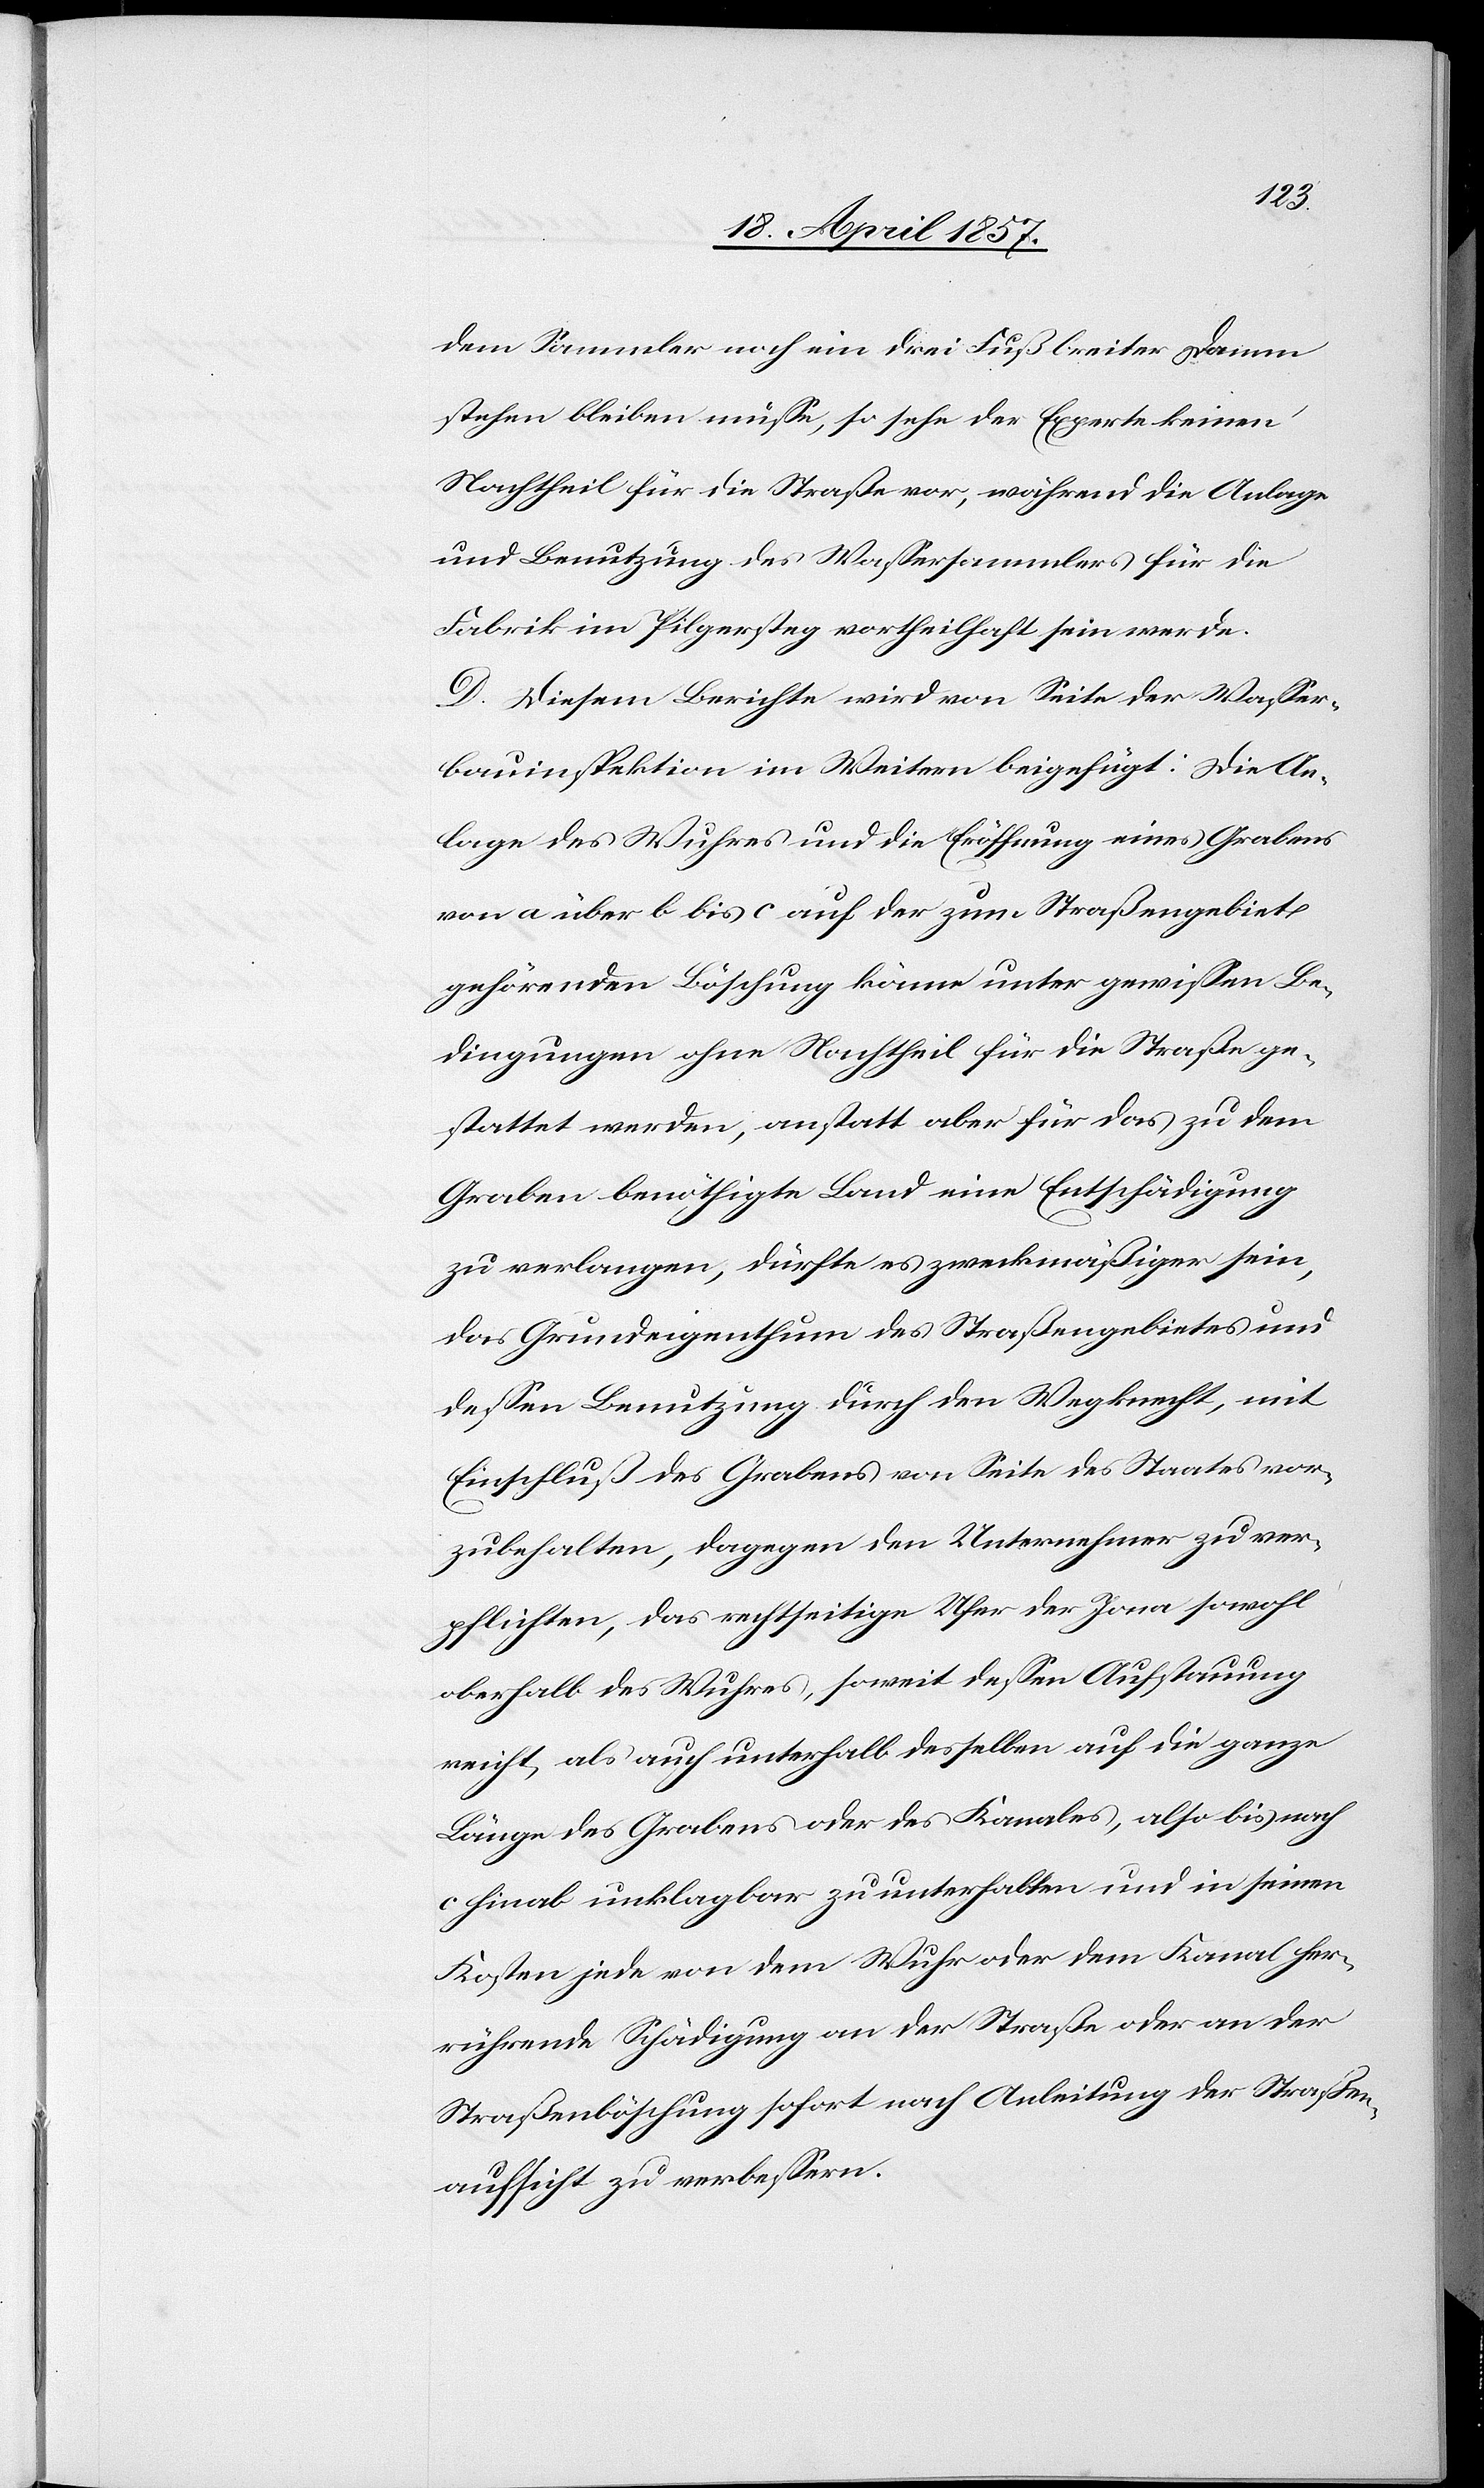
dem Sammler noch ein drei Fuß breiter Damm
stehen bleiben müsse, so sehe der Experte keinen
Nachtheil für die Straße vor, während die Anlage
und Benutzung des Wassersammlers für die
Fabrik im Pilgersteg vortheilhaft sein werde.
D. Diesem Berichte wird von Seite der Wasser¬
bauinspektion im Weitern beigefügt: Die An¬
lage des Wuhres und die Eröffnung eines Grabens
von a über b bis c auf der zum Straßengebiet
gehörenden Böschung könne unter gewissen Be¬
dingungen ohne Nachtheil für die Straße ge¬
stattet werden, anstatt aber für das zu dem
Graben benöthigte Land eine Entschädigung
zu verlangen, dürfte es zweckmäßiger sein,
das Grundeigenthum des Straßengebietes und
dessen Benutzung durch den Wegknecht, mit
Einschluß des Grabens von Seite des Staates vor¬
zubehalten, dagegen den Unternehmer zu ver¬
pflichten, das rechtseitige Ufer der Jona sowohl
oberhalb des Wuhres, soweit dessen Aufstauung
reicht, als auch unterhalb desselben auf die ganze
Länge des Grabens oder des Kanales, also bis nach
c hinab unklagbar zu unterhalten und in seinen
Kosten jede von dem Wuhr oder dem Kanal her¬
rührende Schädigung an der Straße oder an der
Straßenböschung sofort nach Anleitung der Straßen¬
aufsicht zu verbessern.